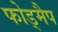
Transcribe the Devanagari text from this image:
फोड्मैप